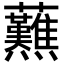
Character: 䖄